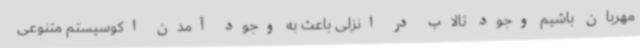
مهربان باشیم وجود تالاب در انزلی باعث به وجود آمدن اکوسیستم متنوعی